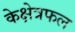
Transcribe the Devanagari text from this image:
केक्षेत्रफल